Trukikaitis_Postimees, lk 60
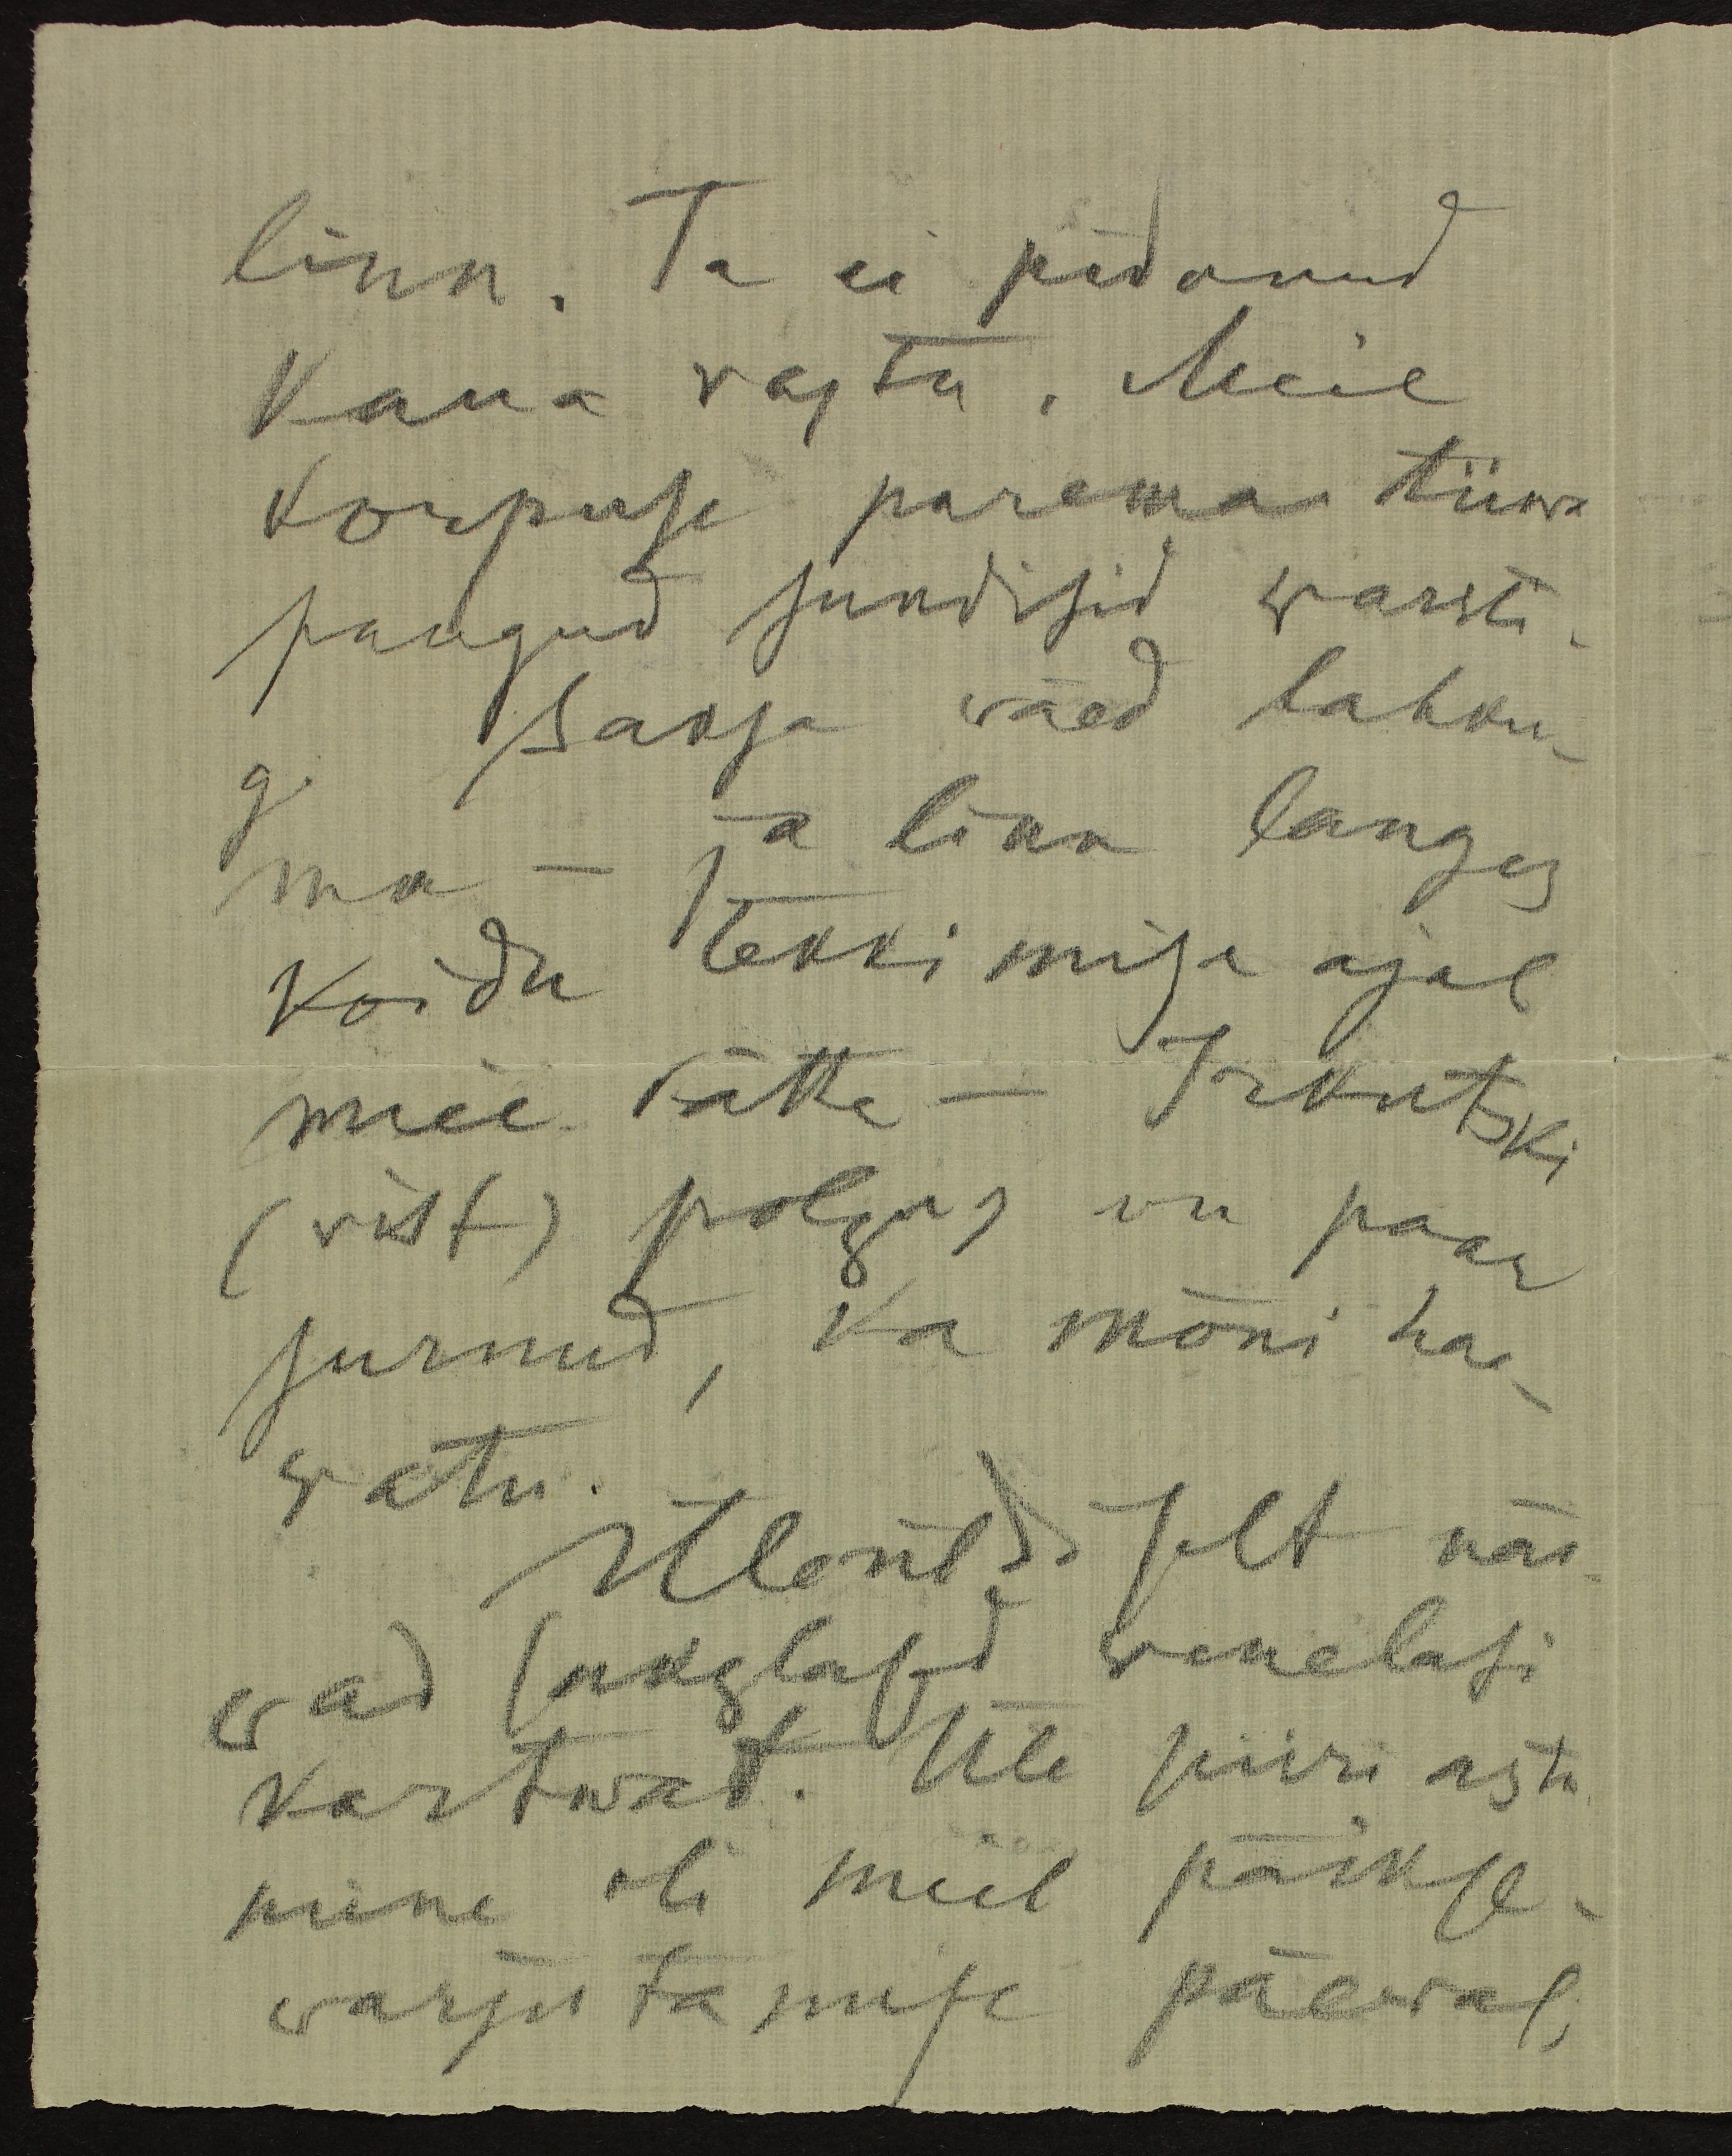
linn. Ta ei pidanud
kaua vastu. Meie
korpuse parema tiiwa
paugud sundisid warsti-
gi Saksa väed lahku-
ma - ja linn langes
koidu tekkimise ajal
meie kätte - Irkutski
(vist) polgus on paar
surnud, ka mõni haa-
watu.
Üleüldiselt näi-
wad sakslased wenelasi
kartwat. Üle piiri astu
mine oli meil päikse-
warjutamise päewal,